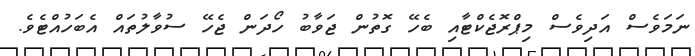
ނަމަވެސް އަދިވެސް މިޕްރޮޖެކްޓާއި ބެހޭ ގޮތުން ޖަވާބު ހޯދަން ޖެހޭ ސުވާލުތައް އެބަހުއްޓެވެ.